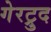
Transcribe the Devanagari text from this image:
गेरट्रुद